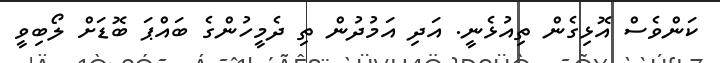
ކަންވެސް އޮޅިގެން ތިއުޅެނީ. އަދި އަމުދުން ތި ދެމީހުންގެ ބައްޕަ ބޮޑަށް ލޯބިވީ